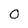
Character: O